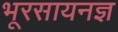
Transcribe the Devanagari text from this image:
भूरसायनज्ञ